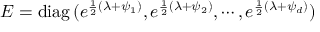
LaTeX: E = \mathrm { d i a g } \, ( e ^ { { \frac { 1 } { 2 } } ( \lambda + \psi _ { 1 } ) } , e ^ { { \frac { 1 } { 2 } } ( \lambda + \psi _ { 2 } ) } , \cdots , e ^ { { \frac { 1 } { 2 } } ( \lambda + \psi _ { d } ) } )